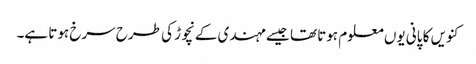
کنویں کا پانی یوں معلوم ہوتا تھا جیسے مہندی کے نچوڑ کی طرح سرخ ہوتا ہے۔